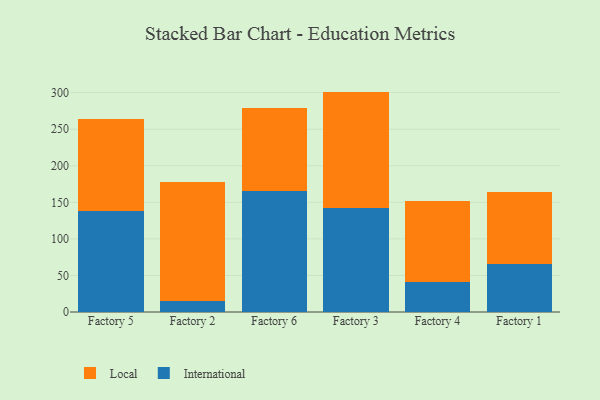
{"axis": {"x": "Factory", "y": "Churn Rate (%)"}, "legend": ["International", "Local"], "data": [{"x": "Factory 5", "y": 137.6, "type": "International"}, {"x": "Factory 5", "y": 126.3, "type": "Local"}, {"x": "Factory 2", "y": 14.4, "type": "International"}, {"x": "Factory 2", "y": 163.5, "type": "Local"}, {"x": "Factory 6", "y": 164.8, "type": "International"}, {"x": "Factory 6", "y": 114.6, "type": "Local"}, {"x": "Factory 3", "y": 142.2, "type": "International"}, {"x": "Factory 3", "y": 159.2, "type": "Local"}, {"x": "Factory 4", "y": 40.8, "type": "International"}, {"x": "Factory 4", "y": 111.6, "type": "Local"}, {"x": "Factory 1", "y": 66.1, "type": "International"}, {"x": "Factory 1", "y": 97.7, "type": "Local"}]}